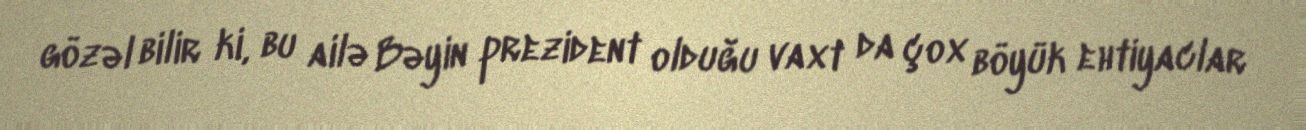
gözəl bilir ki, bu ailə Bəyin prezident olduğu vaxt da çox böyük ehtiyaclar